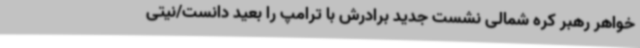
خواهر رهبر کره شمالی نشست جدید برادرش با ترامپ را بعید دانست/نیتی